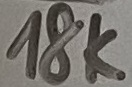
Text: 18K